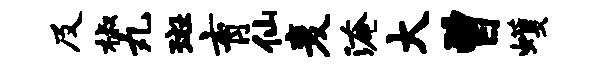
及椒丸斑育仙麦淹大曾蠖